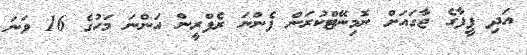
އަދި ފީފާގެ ޖާގައަށް ނޮމިނޭޓްކުރަން ފެންނަ ރެފްރީން އަންނަ މަހުގެ 16 ވަނަ